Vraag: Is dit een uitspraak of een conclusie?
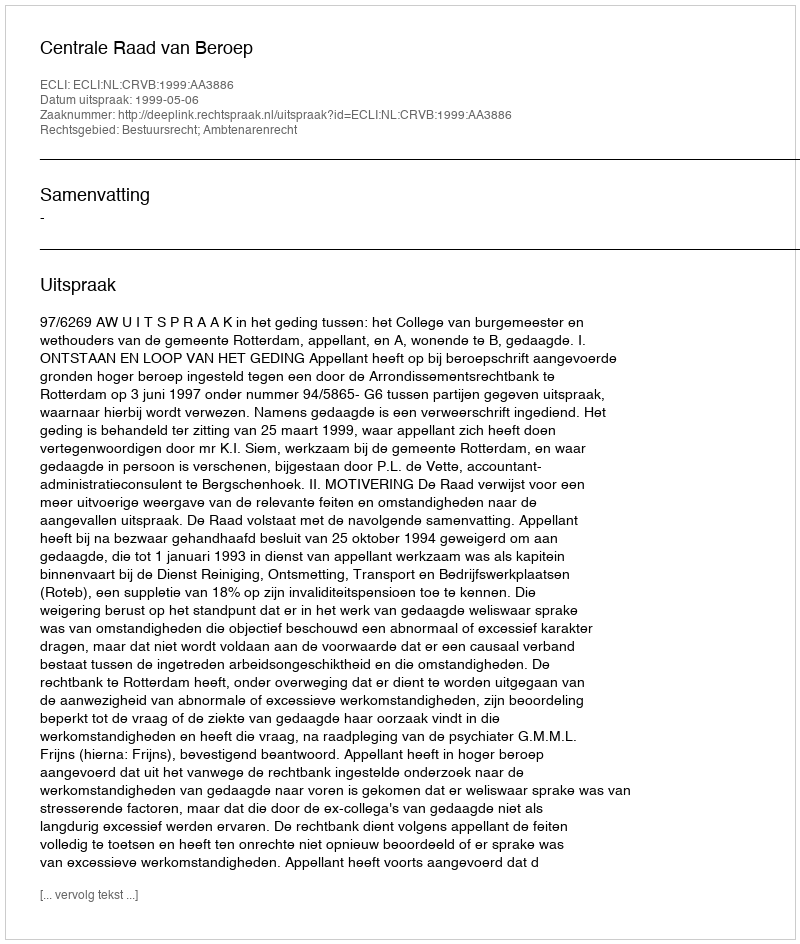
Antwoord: Uitspraak